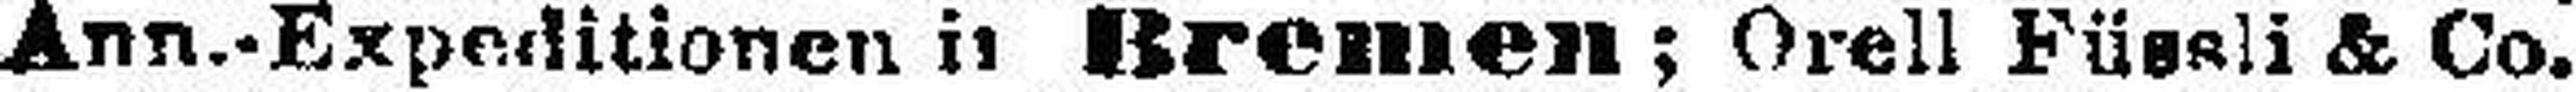
Ann.-Expeditionen u Bremen; Orell Füssli & Co.